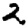
Digit: 2